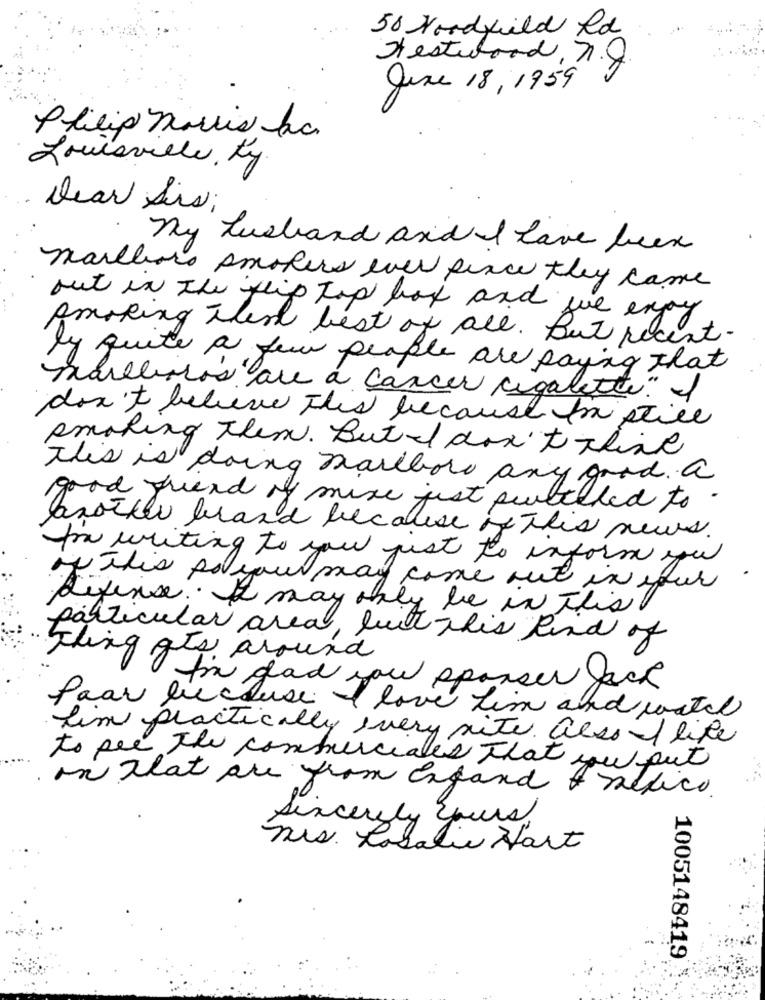
50 Hoodfield Rd
Jestwood, n.
June 18, 1959
Philip morris ha
Louisville, Ky
Dear Sis;
My husband and I have been
marlboro smokers ever since they came
out in the flip top box and wie expy
smoking there best of all. But recent.
by quite a few people are saying that
marlboros are a cancer cigalette." I
don't believe this because fristice
smoking them. But I don't think
This is doing marlboro any good. a
good friend of mine just surbilled to .
another brand because of this news.
for writing to you just to inform you
of this so you may come out in your
Riferise . I may only be in this
particular area, but this kind of
Thing gts around
I'm glad you sponser Jack
Paar because I love him and watch
Lim practically every site. also I like
to see the commerciales That you put
on that are from expand + nefico.
Sincerely yours
nis. Rosalie Hart
1005148419